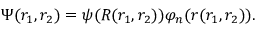
\Psi ( r _ { 1 } , r _ { 2 } ) = \psi ( R ( r _ { 1 } , r _ { 2 } ) ) \varphi _ { n } ( r ( r _ { 1 } , r _ { 2 } ) ) .